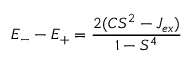
\ E _ { - } - E _ { + } = { \frac { 2 ( C S ^ { 2 } - J _ { e x } ) } { 1 - S ^ { 4 } } }